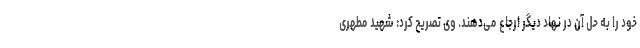
خود را به حل آن در نهاد دیگر ارجاع می‌دهند. وی تصریح کرد: شهید مطهری